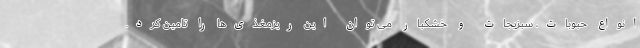
انواع حبوبات، سبزیجات و خشکبار می توان این ریزمغذی‌ها را تامین کرد.